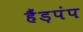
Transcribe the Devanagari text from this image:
हैंड़पंप